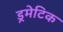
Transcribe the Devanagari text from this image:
ड्रमेटिक